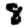
Digit: 8